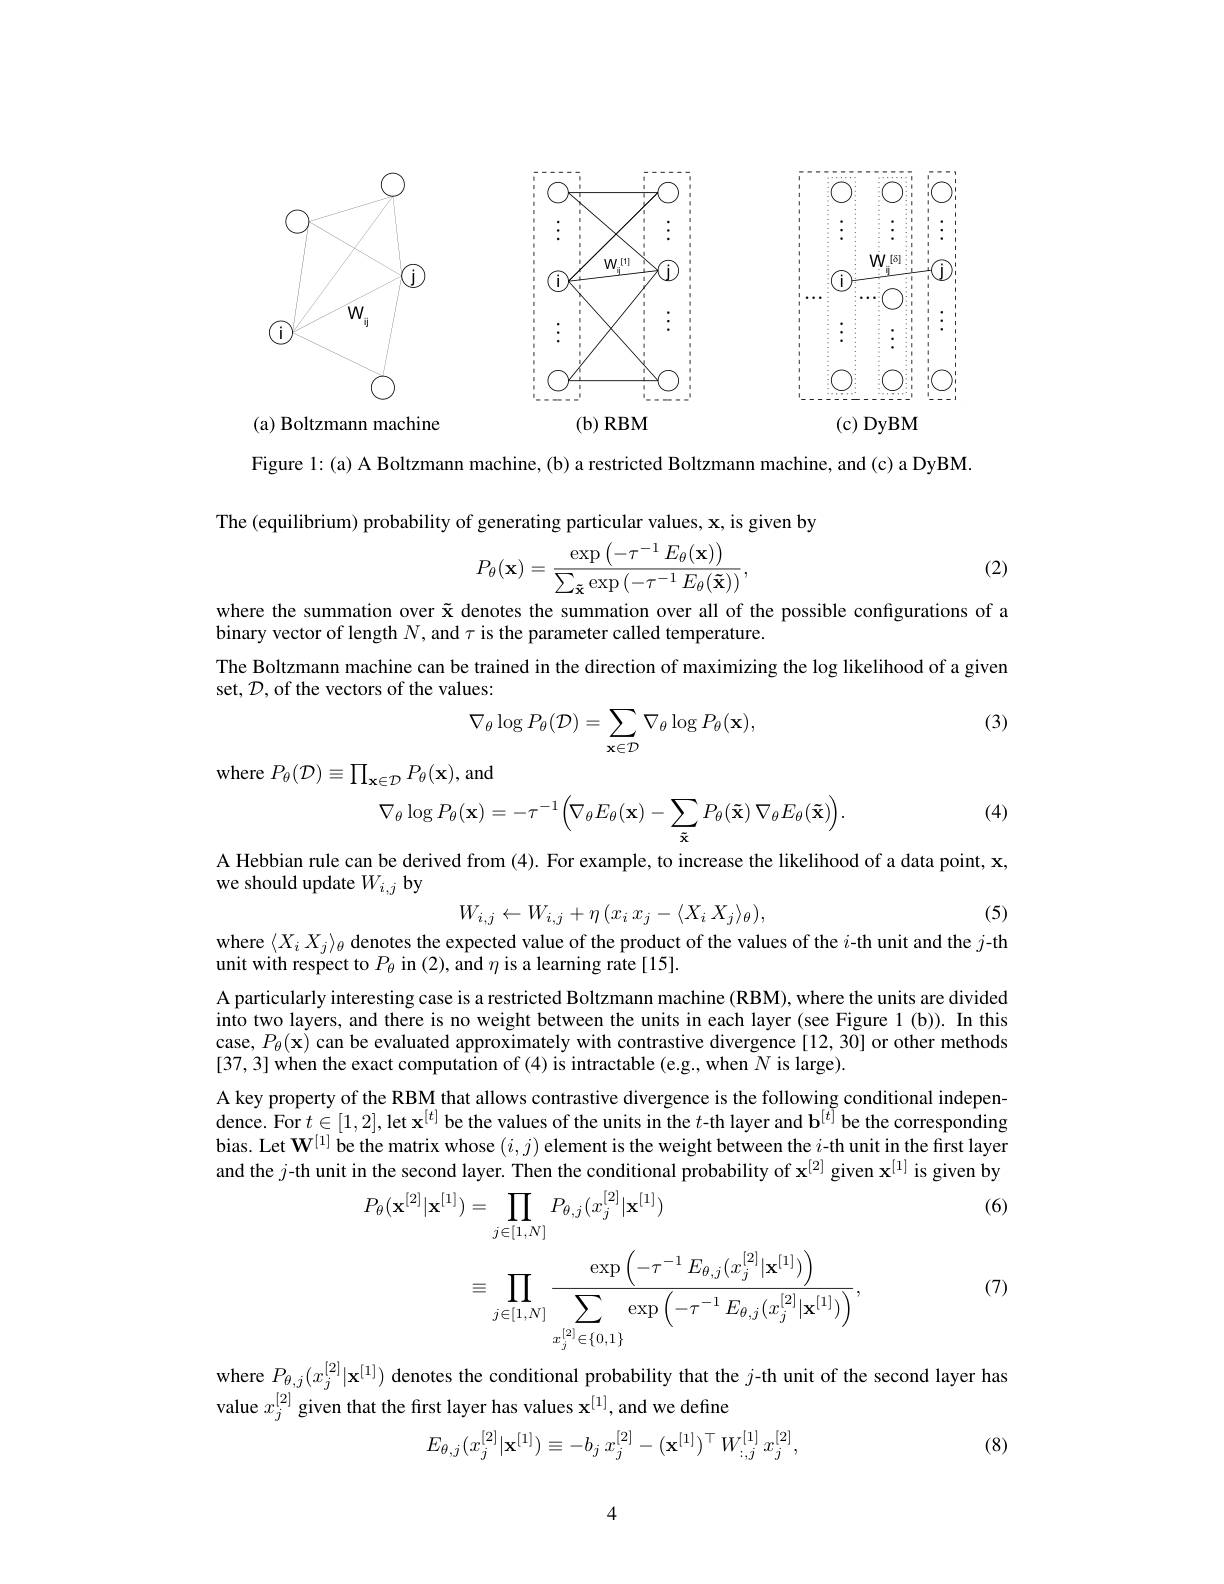
<FigureHere>

<FigureHere>
(c) DyBM

<FigureHere>
$( \mathbf{b} )$ $\mathbf{RBM}$

(a) Boltzmann machine

Figure 1: (a) A Boltzmann machine, (b) a restricted Boltzmann machine, and (c) a DyBM.

The (equilibrium) probability of generating particular values, x, is given by
$$P_\theta(\mathbf{x})=\frac{\exp\left(-\tau^{-1}\:E_\theta(\mathbf{x})\right)}{\sum_{\mathbf{\tilde{x}}}\exp\left(-\tau^{-1}\:E_\theta(\mathbf{\tilde{x}})\right)},$$
(2)

where the summation over $\tilde{\mathbf{x}}$ denotes the summation over all of the possible configurations of a
binary vector of length $N$, and $\tau$ is the parameter called temperature.
The Boltzmann machine can be trained in the direction of maximizing the log likelihood of a given
set, $\mathcal{D}$, of the vectors of the values:
$$\nabla_\theta\log P_\theta(\mathcal{D})=\sum_{\mathbf{x}\in\mathcal{D}}\nabla_\theta\log P_\theta(\mathbf{x}),$$
(3)

where $P_\theta(\mathcal{D})\equiv\prod_{\mathbf{x}\in\mathcal{D}}P_\theta(\mathbf{x})$,and

(4)
$$\nabla_{\theta}\log P_{\theta}(\mathbf{x})=-\tau^{-1}\Big(\nabla_{\theta}E_{\theta}(\mathbf{x})-\sum_{\tilde{\mathbf{x}}}P_{\theta}(\tilde{\mathbf{x}})\:\nabla_{\theta}E_{\theta}(\tilde{\mathbf{x}})\Big).$$
A Hebbian rule can be derived from (4). For example, to increase the likelihood of a data point, $\mathbf{x}$,
we should update $W_i,j$ by
$$W_{i,j}\leftarrow W_{i,j}+\eta\left(x_{i}\:x_{j}-\langle X_{i}\:X_{j}\rangle_{\theta}\right),$$
(5)

where $\langle X_iX_j\rangle_\theta$ denotes the expected value of the product of the values of the $i$-th unit and the $j$-th
unit with respect to $P_{\theta}$ in (2), and $\eta$ is a learning rate[15].

A particularly interesting case is a restricted Boltzmann machine (RBM), where the units are divided into two layers, and there is no weight between the units in each layer (see Figure 1 (b)). In this case, $P_\theta(\mathbf{x})$ can be evaluated approximately with contrastive divergence[12,30] or other methods [37,3] when the exact computation of (4) is intractable (e.g., when $N$ is large).

A key property of the RBM that allows contrastive divergence is the following conditional independence. For $t\in[1,2]$, let x$^{[t]}$ be the values of the units in the $t$-th layer and b$^{[t]}$be the corresponding bias. Let $\mathbf{W}^{[1]}$ be the matrix whose $(i,j)$ element is the weight between the $i$-th unit in the first layer and the $j$-th unit in the second layer. Then the conditional probability of $\mathbf{x}^{[2]}$ given $\mathbf{x}^{[1]}$ is given by
(6)
$$\begin{aligned}P_{\theta}(\mathbf{x}^{[2]}|\mathbf{x}^{[1]})&=\prod_{j\in[1,N]}P_{\theta,j}(x_{j}^{[2]}|\mathbf{x}^{[1]})\\&\equiv\prod_{j\in[1,N]}\frac{\exp\left(-\tau^{-1}E_{\theta,j}(x_{j}^{[2]}|\mathbf{x}^{[1]})\right)}{\sum_{x_{j}^{[2]}\in\{0,1\}}\exp\left(-\tau^{-1}E_{\theta,j}(x_{j}^{[2]}|\mathbf{x}^{[1]})\right)},\end{aligned}$$
(7)

where $P_{\theta,j}(x_{j}^{[2]}|\mathbf{x}^{[1]})$ denotes the conditional probability that the $j$-th unit of the second layer has
value $x_j^{[2]}$ given that the first layer has values $\mathbf{x}^{[1]}$,and we define
$$E_{\theta,j}(x_{j}^{[2]}|\mathbf{x}^{[1]})\equiv-b_{j}\:x_{j}^{[2]}-(\mathbf{x}^{[1]})^{\top}\:W_{:,j}^{[1]}\:x_{j}^{[2]},$$
(8)

4